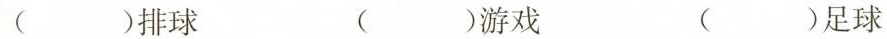
( )排球( )游戏( )足球